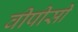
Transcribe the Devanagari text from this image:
वीपीसी